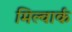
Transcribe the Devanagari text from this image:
मिल्वार्क